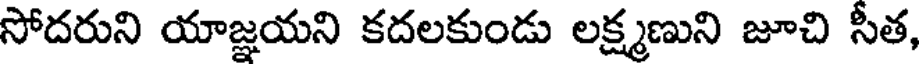
సోదరుని యాజ్ఞయని కదలకుండు లక్ష్మణుని జూచి సీత,